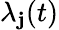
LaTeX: \lambda_{\mathbf{j}}(t)